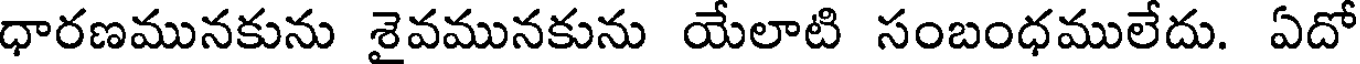
ధారణమునకును శైవమునకును యేలాటి సంబంధములేదు. ఏదో